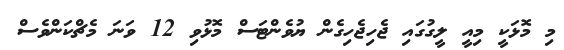
މި މޮޅަކީ މިއީ ލީގުގައި ޖެހިޖެހިގެން ޔުވެންޓަސް މޮޅުވި 12 ވަނަ މެޗްކަންވެސް